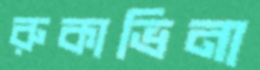
রুকাভিনা